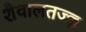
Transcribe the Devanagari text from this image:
शैवालतज्ज्ञ